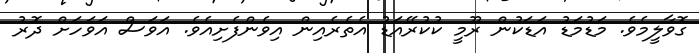
ގޮވާލީމެވެ. މަޑުމަޑު އަޑަކުން ރޫމީ ކުކުރޭއަޑު އެތެރެއިން އިވެންފެށިއެވެ. އަވަސް އަވަހަށް ދޮރު